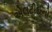
એલટીઈનો